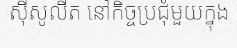
ស៊ីសូលីត នៅកិច្ចប្រជុំមួយក្នុង